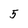
Character: 5